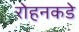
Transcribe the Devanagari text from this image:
रोहनकडे